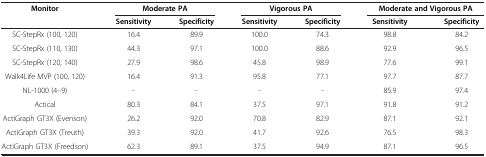
<table><thead><tr><td><b>Monitor</b></td><td colspan="2"><b>Moderate PA</b></td><td colspan="2"><b>Vigorous PA</b></td><td colspan="2"><b>Moderate and Vigorous PA</b></td></tr><tr><td><b> </b></td><td><b>Sensitivity</b></td><td><b>Specificity</b></td><td><b>Sensitivity</b></td><td><b>Specificity</b></td><td><b>Sensitivity</b></td><td><b>Specificity</b></td></tr></thead><tbody><tr><td>SC-StepRx (100, 120)</td><td>16.4</td><td>89.9</td><td>100.0</td><td>74.3</td><td>98.8</td><td>84.2</td></tr><tr><td>SC-StepRx (110, 130)</td><td>44.3</td><td>97.1</td><td>100.0</td><td>88.6</td><td>92.9</td><td>96.5</td></tr><tr><td>SC-StepRx (120, 140)</td><td>27.9</td><td>98.6</td><td>45.8</td><td>98.9</td><td>77.6</td><td>99.1</td></tr><tr><td>Walk4Life MVP (100, 120)</td><td>16.4</td><td>91.3</td><td>95.8</td><td>77.1</td><td>97.7</td><td>87.7</td></tr><tr><td>NL-1000 (4–9)</td><td>-</td><td>-</td><td>-</td><td>-</td><td>85.9</td><td>97.4</td></tr><tr><td>Actical</td><td>80.3</td><td>84.1</td><td>37.5</td><td>97.1</td><td>91.8</td><td>91.2</td></tr><tr><td>ActiGraph GT3X (Evenson)</td><td>26.2</td><td>92.0</td><td>70.8</td><td>82.9</td><td>87.1</td><td>92.1</td></tr><tr><td>ActiGraph GT3X (Treuth)</td><td>39.3</td><td>92.0</td><td>41.7</td><td>92.6</td><td>76.5</td><td>98.3</td></tr><tr><td>ActiGraph GT3X (Freedson)</td><td>62.3</td><td>89.1</td><td>37.5</td><td>94.9</td><td>87.1</td><td>96.5</td></tr></tbody></table>